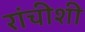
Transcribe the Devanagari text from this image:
रांचीशी